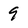
Character: 9